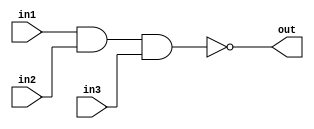
module nand3 (in1,in2,in3,out);
   input in1,in2,in3;
   output out;
   assign out = ~(in1 & in2 & in3);
endmodule